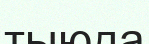
тыюда